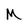
Character: M